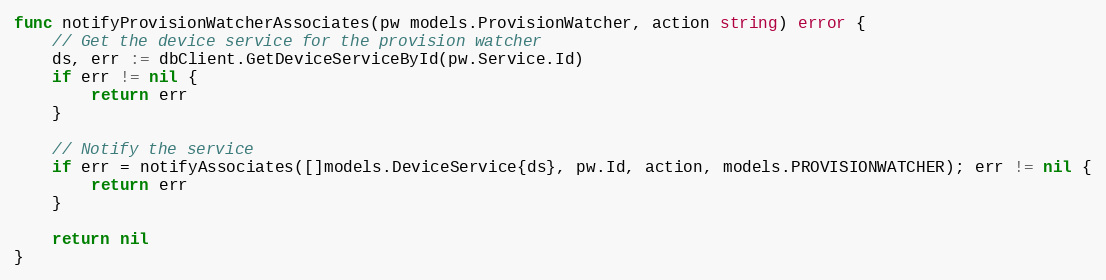
Language: Go
func notifyProvisionWatcherAssociates(pw models.ProvisionWatcher, action string) error {
	// Get the device service for the provision watcher
	ds, err := dbClient.GetDeviceServiceById(pw.Service.Id)
	if err != nil {
		return err
	}

	// Notify the service
	if err = notifyAssociates([]models.DeviceService{ds}, pw.Id, action, models.PROVISIONWATCHER); err != nil {
		return err
	}

	return nil
}